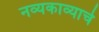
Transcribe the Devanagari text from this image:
नव्यकाव्याचे